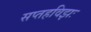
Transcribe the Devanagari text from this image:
सप्तहविझः